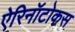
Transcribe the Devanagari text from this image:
ऐरिनॉटोकस